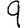
Digit: 9